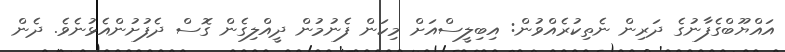
އައްޔޫބްގެފާނުގެ ދަރިން ނެތިކުރެއްވުން: އިބިލީސްއަށް މިކަން ފެނުމުން ދީއްލިގެން ގޮސް ދެފުށުންއެޅުނެވެ. ދެން